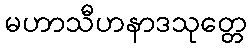
မဟာသီဟနာဒသုတ္တေ